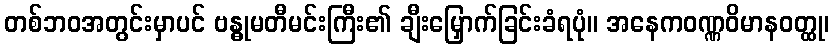
တစ်ဘဝအတွင်းမှာပင် ဗန္ဓုမတီမင်းကြီး၏ ချီးမြှောက်ခြင်းခံရပုံ။ အနေကဝဏ္ဏဝိမာနဝတ္ထု၊